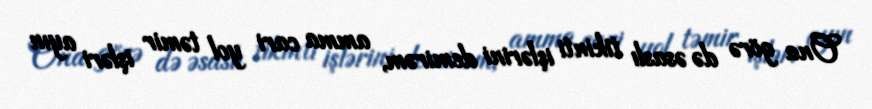
Ona görə də əsaslı tikinti işlərini demirəm, amma cari yol təmir işləri ayın